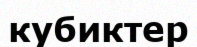
кубиктер